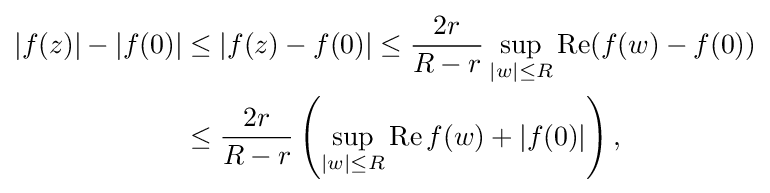
{\begin{aligned}|f(z)|-|f(0)|&\leq |f(z)-f(0)|\leq {\frac {2r}{R-r}}\sup _{|w|\leq R}\operatorname {Re} (f(w)-f(0))\\&\leq {\frac {2r}{R-r}}\left(\sup _{|w|\leq R}\operatorname {Re} f(w)+|f(0)|\right),\end{aligned}}